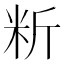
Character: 䉼